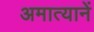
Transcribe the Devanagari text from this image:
अमात्यानें